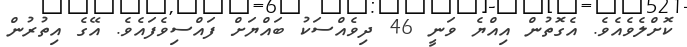
ކޮށްލެވެއެވެ. އެގޮތުން އިއްޔެ ވަނީ 46 ދިވެއްސަކު ބައްޔަށް ފައްސިވެފައެވެ. އޭގެ އިތުރުން